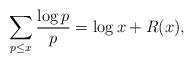
LaTeX: \begin{align*}\sum_{p\leq x} \frac{\log p}{p} = \log x+R(x),\end{align*}